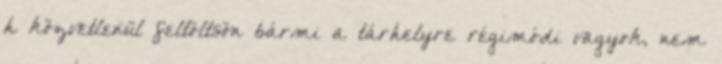
h közvetlenül feltöltsön bármi a tárhelyre régimódi vagyok, nem